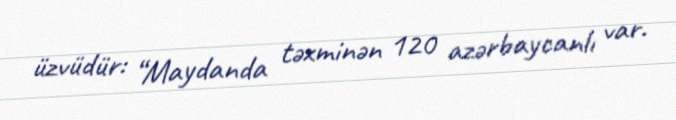
üzvüdür: “Maydanda təxminən 120 azərbaycanlı var.